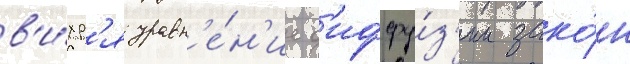
в'и́хр'я уравн'е́н'ие д'иффу́з'ии зако́н